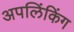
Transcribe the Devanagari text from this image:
अपलिंकिंग